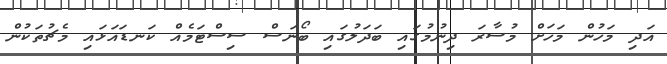
އަދި މަހުން މަހަށް މުސާރަ ދިނުމުގައި ބަދަލުގައި ބޯނަސް ސިސްޓަމެއް ކަނޑައަޅައި މެޗުތަކުން